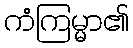
ကံကြမ္မာ၏